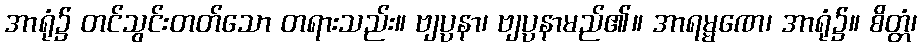
အာရုံ၌ တင်သွင်းတတ်သော တရားသည်း။ ဗျပ္ပနာ၊ ဗျပ္ပနာမည်၏။ အာရမ္မဏေ၊ အာရုံ၌။ စိတ္တံ၊